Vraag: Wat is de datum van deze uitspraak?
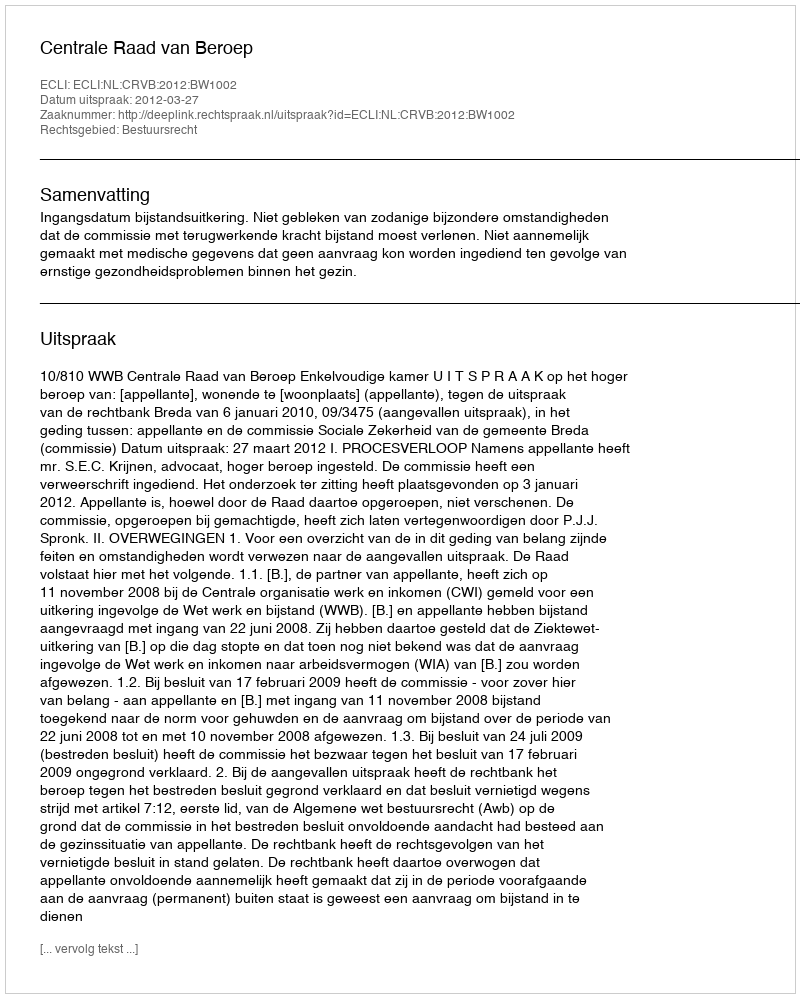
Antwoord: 2012-03-27